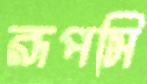
রূপসি